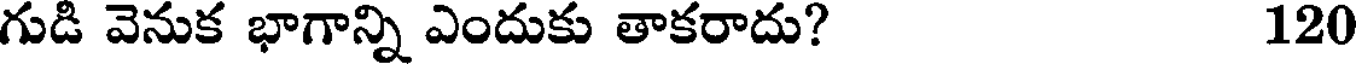
గుడి వెనుక భాగాన్ని ఎందుకు తాకరాదు? 120